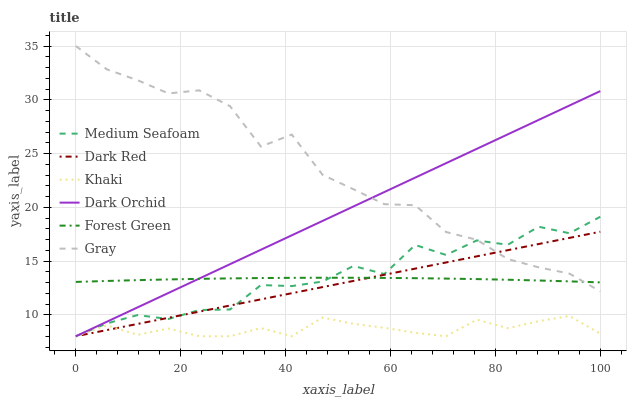
| xaxis_label | Medium Seafoam | Dark Red | Khaki | Dark Orchid | Forest Green | Gray |
 | --- | --- | --- | --- | --- | --- | --- |
 | 0 | 8 | 8 | 8 | 8 | 13.1 | 35 |
 | 5.88 | 9.19 | 8.57 | 9.02 | 9.34 | 13.1 | 32.8 |
 | 11.8 | 9.97 | 9.14 | 8.13 | 10.7 | 13.2 | 31.8 |
 | 17.6 | 9.6 | 9.72 | 8.72 | 12 | 13.3 | 30.6 |
 | 23.5 | 10.4 | 10.3 | 8 | 13.4 | 13.3 | 30.9 |
 | 29.4 | 10.5 | 10.9 | 8 | 14.7 | 13.4 | 29.4 |
 | 35.3 | 12.8 | 11.4 | 8.76 | 16 | 13.4 | 25.6 |
 | 41.2 | 12.7 | 12 | 8 | 17.4 | 13.4 | 26.8 |
 | 47.1 | 13.1 | 12.6 | 9.75 | 18.7 | 13.4 | 23 |
 | 52.9 | 14.5 | 13.1 | 9.15 | 20.1 | 13.4 | 21.7 |
 | 58.8 | 13.8 | 13.7 | 8.79 | 21.4 | 13.4 | 20.3 |
 | 64.7 | 16.5 | 14.3 | 8.32 | 22.8 | 13.4 | 20.2 |
 | 70.6 | 15.6 | 14.9 | 8 | 24.1 | 13.4 | 17.7 |
 | 76.5 | 16.9 | 15.4 | 9.54 | 25.4 | 13.3 | 17 |
 | 82.4 | 16.5 | 16 | 8.75 | 26.8 | 13.3 | 15.2 |
 | 88.2 | 18.2 | 16.6 | 9.4 | 28.1 | 13.2 | 14.4 |
 | 94.1 | 17.6 | 17.2 | 9.89 | 29.5 | 13.1 | 13.8 |
 | 100 | 19.1 | 17.7 | 8.24 | 30.8 | 13 | 12.2 |